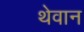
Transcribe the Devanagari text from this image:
थेवान